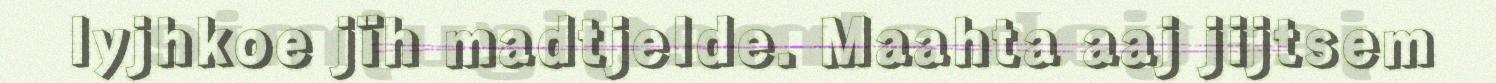
lyjhkoe jïh madtjelde. Maahta aaj jijtsem